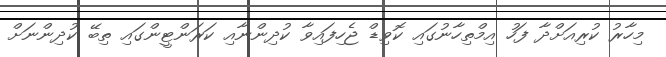
މިހާރު ކުރިއަށްދާ ފަހު އިމްތިހާނުގައި ކޮވިޑް ޖެހިފައިވާ ކުދިންނާއި ކަރަންޓީންގައި ތިބޭ ކުދިންނަށް